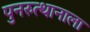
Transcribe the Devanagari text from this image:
पुनरुत्थानाला